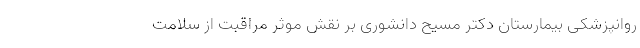
روانپزشکی بیمارستان دکتر مسیح دانشوری بر نقش موثر مراقبت از سلامت